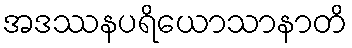
အဒဿနပရိယောသာနာတိ